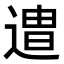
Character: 𮞯